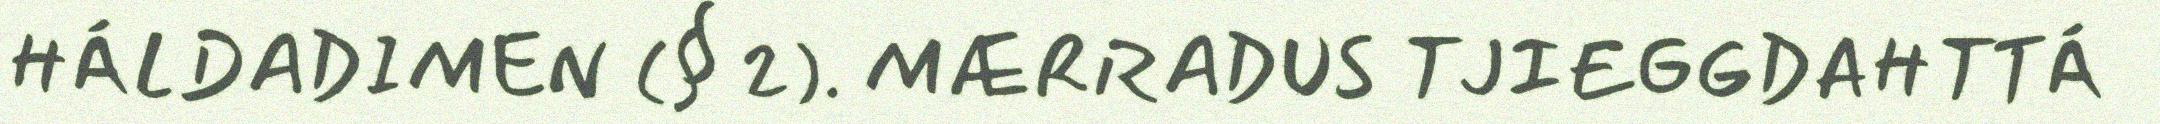
HÁLDADIMEN (§ 2). MÆRRADUS TJIEGGDAHTTÁ